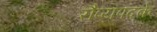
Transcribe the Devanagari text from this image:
रौप्यपदके